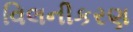
વિલનીકરણ